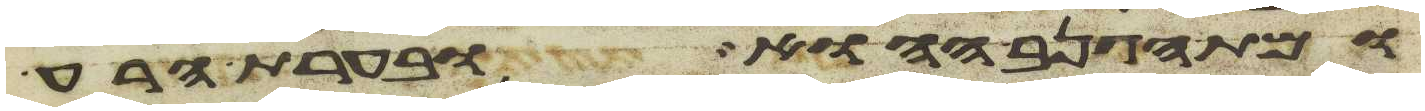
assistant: ומת הגנב ההוא ובערת הרע